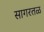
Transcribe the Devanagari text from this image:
सागरतळ